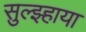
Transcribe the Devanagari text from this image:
सुल्झ्हाया